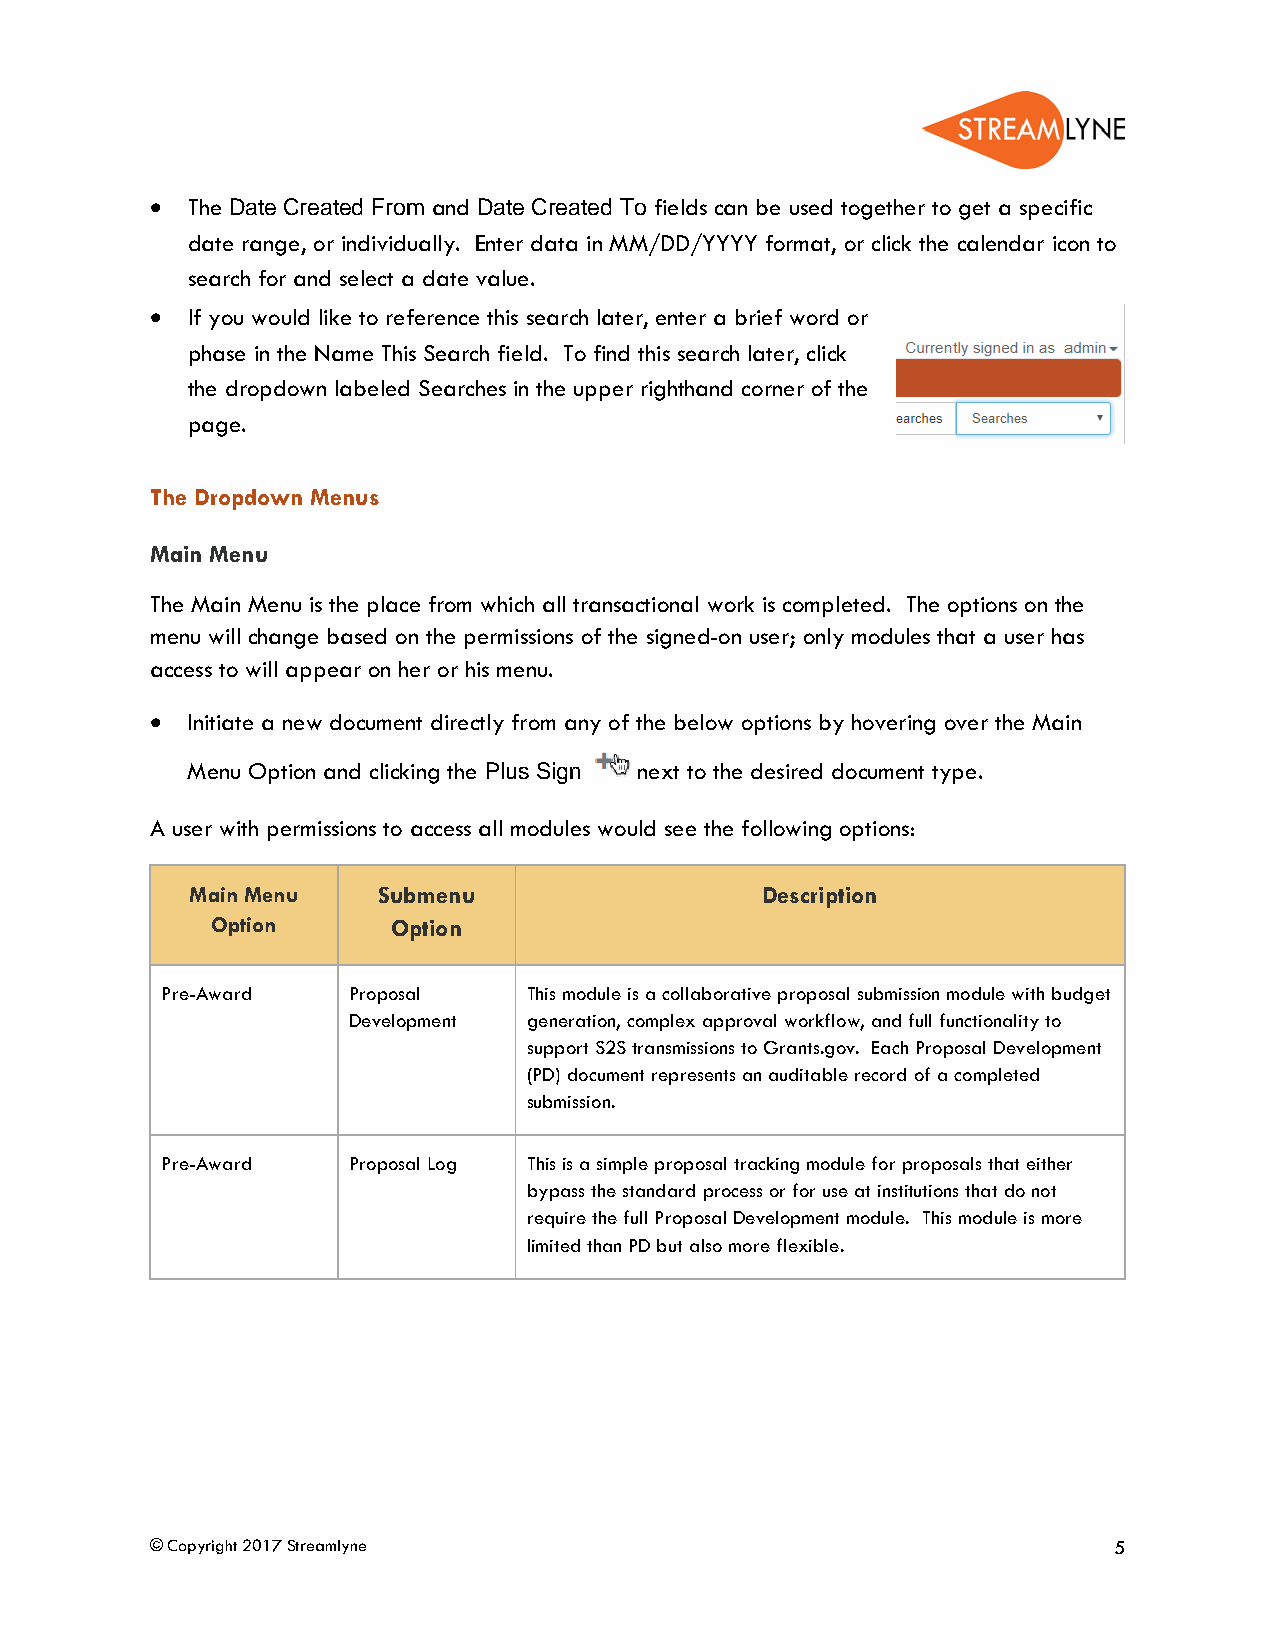
• The Date Created From and Date Created To fields can be used together to get a specific
 date range, or individually. Enter data in MM/DD/YYYY format, or click the calendar icon to
 search for and select a date value.
 • If you would like to reference this search later, enter a brief word or
 phase in the Name This Search field. To find this search later, click
 the dropdown labeled Searches in the upper righthand corner of the
 page.
 The Dropdown Menus
 Main Menu
 The Main Menu is the place from which all transactional work is completed. The options on the
 menu will change based on the permissions of the signed-on user; only modules that a user has
 access to will appear on her or his menu.
 • Initiate a new document directly from any of the below options by hovering over the Main
 Menu Option and clicking the Plus Sign next to the desired document type.
 A user with permissions to access all modules would see the following options:
 Main Menu   Submenu                  Description
 Option      Option
 Pre-Award   Proposal    This module is a collaborative proposal submission module with budget
 Development generation, complex approval workflow, and full functionality to
 support S2S transmissions to Grants.gov. Each Proposal Development
 (PD) document represents an auditable record of a completed
 submission.
 Pre-Award   Proposal Log This is a simple proposal tracking module for proposals that either
 bypass the standard process or for use at institutions that do not
 require the full Proposal Development module. This module is more
 limited than PD but also more flexible.
 © Copyright 2017 Streamlyne                                     5